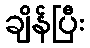
ချိန်ပြီး